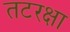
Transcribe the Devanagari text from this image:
तटरक्षा